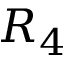
R _ { 4 }